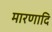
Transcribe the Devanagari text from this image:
मारणादि